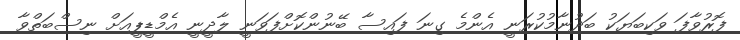
ފޮރުވާފަ ވަކިބަޔަކު ބަދުނާމުކުރަނީ އެންމެ ގިނަ ފައިސާ ބޭނުންކޮށްފަވަނީ ލާދީނީ އެމްޑީޕީއަށް ނިސްބަތްވާ